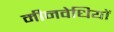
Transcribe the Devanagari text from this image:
मीनवेधियों